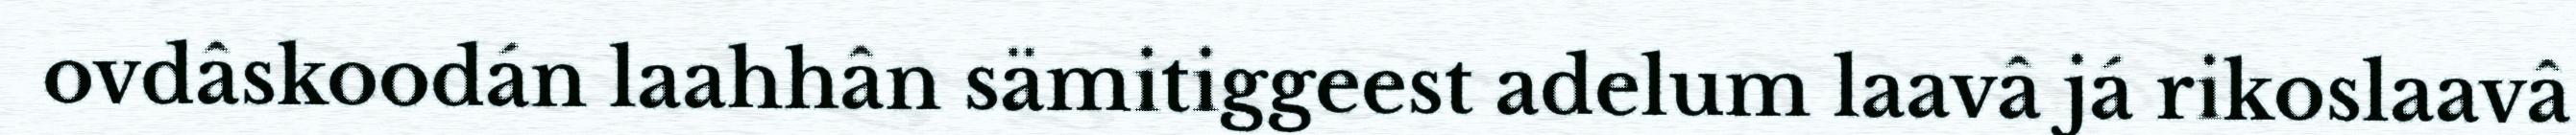
ovdâskoodán laahhân sämitiggeest adelum laavâ já rikoslaavâ